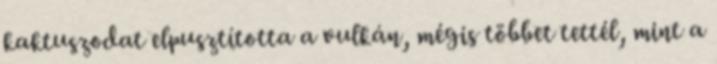
kaktuszodat elpusztította a vulkán, mégis többet tettél, mint a